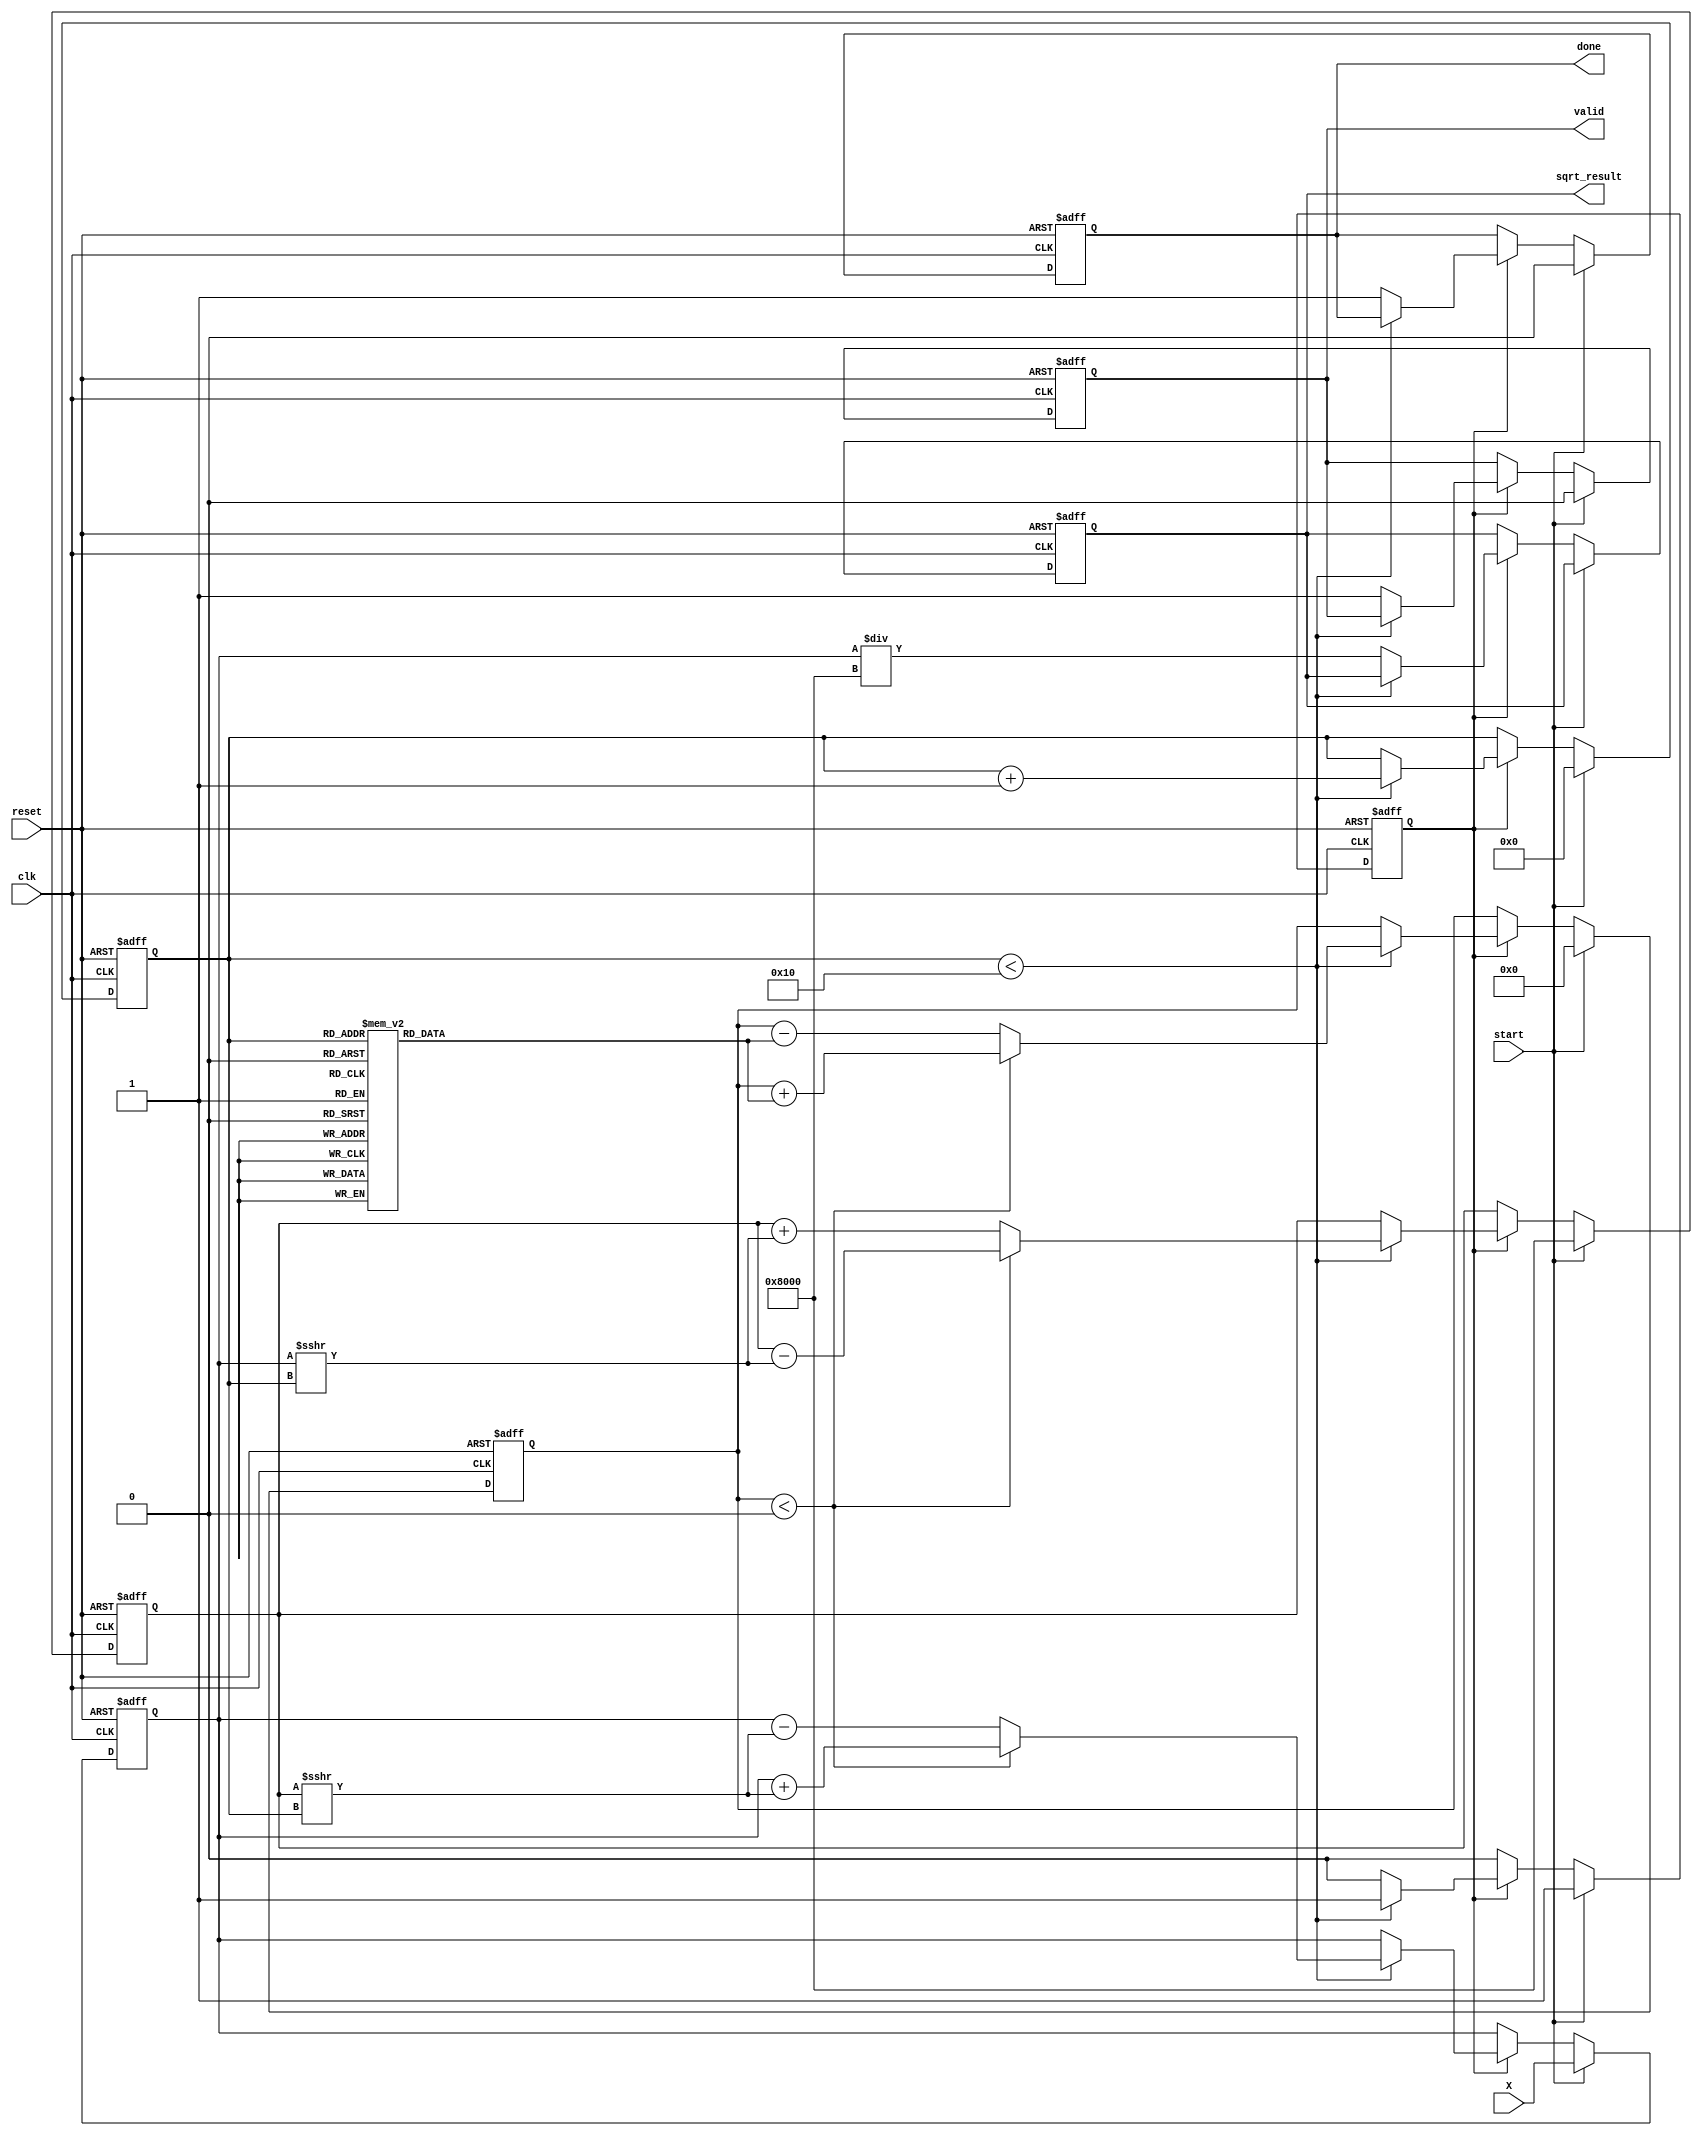
module cordic_sqrt (
    input clk,
    input reset,
    input start,
    input [15:0] X,        // Fixed-point input
    output reg [15:0] sqrt_result, // Fixed-point output
    output reg valid,      // Output valid signal
    output reg done
);

// Parameter Definitions
parameter NUM_ITER = 16;  // Number of CORDIC iterations
parameter FIXED_POINT_SCALE = 16'h1 << (NUM_ITER - 1); // Scale factor for normalization

// Internal Registers
reg [15:0] x_reg, y_reg, z_reg; // CORDIC registers
reg [3:0] iteration;             // Counter for iterations
reg start_internal;              // Internal signal to trigger iterations

// CORDIC angle constants for square root calculation
reg [15:0] angles [0:NUM_ITER-1];
initial begin
    angles[0] = 16'hB504; // atan(1/2) in fixed-point
    angles[1] = 16'hB504; // atan(1/2)
    angles[2] = 16'hB504; // atan(1/2)
    angles[3] = 16'hB504; // atan(1/2)
    // Add rest of the angles similarly till NUM_ITER-1
end

// State Control
always @(posedge clk or posedge reset) begin
    if (reset) begin
        sqrt_result <= 16'b0;
        valid <= 1'b0;
        done <= 1'b0;
        iteration <= 4'b0;
        x_reg <= 16'b0;
        y_reg <= 16'h1 << (NUM_ITER-1); // Initial Y value for square root calculation
        z_reg <= 16'b0;
        start_internal <= 1'b0;
    end else begin
        if (start) begin
            x_reg <= X;            // Load input to x_reg
            y_reg <= 16'h1 << (NUM_ITER-1); // Initial Y value
            z_reg <= 16'b0;
            iteration <= 4'b0;
            valid <= 1'b0;
            done <= 1'b0;
            start_internal <= 1'b1;
        end else if (start_internal) begin
            if (iteration < NUM_ITER) begin
                // CORDIC Rotation Logic
                if (z_reg < 16'h0) begin
                    // Apply rotation for negative angle
                    x_reg <= x_reg + (y_reg >>> iteration);
                    y_reg <= y_reg - (x_reg >>> iteration);
                    z_reg <= z_reg + angles[iteration];
                end else begin
                    // Apply rotation for positive angle
                    x_reg <= x_reg - (y_reg >>> iteration);
                    y_reg <= y_reg + (x_reg >>> iteration);
                    z_reg <= z_reg - angles[iteration];
                end
                iteration <= iteration + 1;
            end else begin
                // Finalize Output
                sqrt_result <= x_reg / FIXED_POINT_SCALE; // Normalize result
                valid <= 1'b1;  // Set valid output
                done <= 1'b1;   // Indicate computation is done
                start_internal <= 1'b0;  // Reset start trigger
            end
        end
    end
end

endmodule